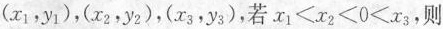
(x_{1}，y_{1})，(x_{2}，y_{2})，(x_{3}，y_{3})，若$$x _ { 1 } ＜ x _ { 2 } ＜ 0 ＜ x _ { 3 }$$，则